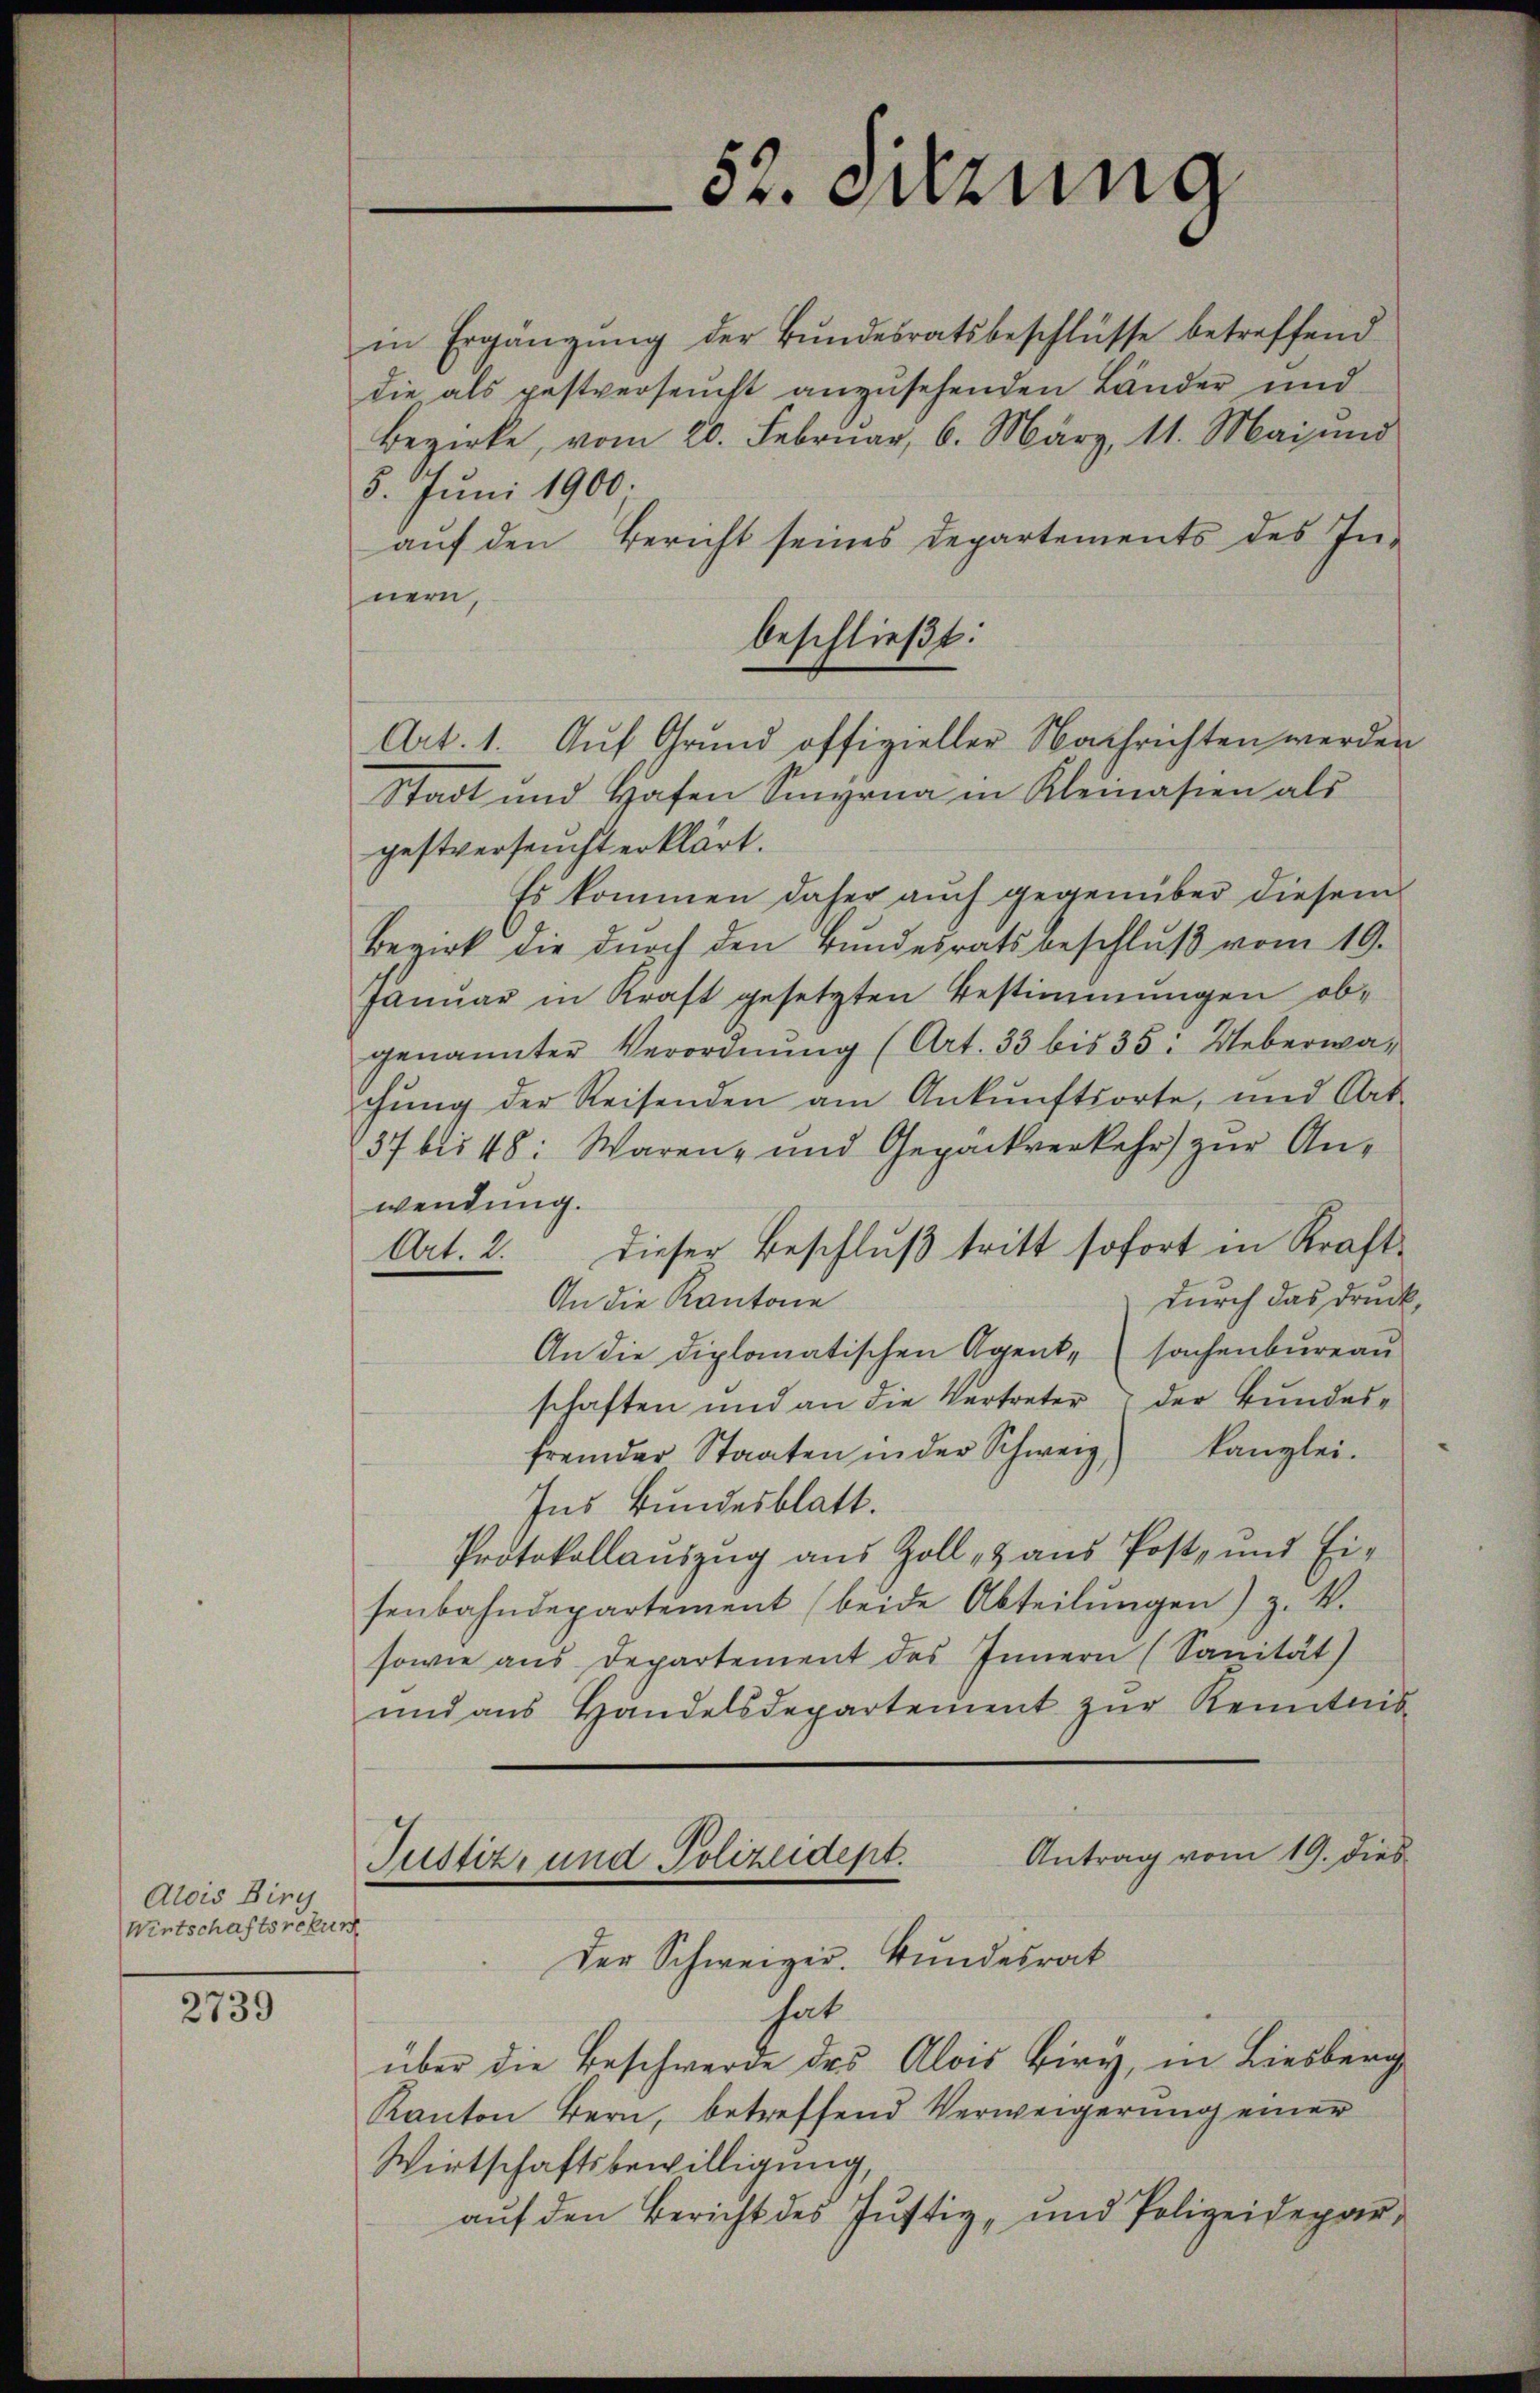
Atois Birch
Wirtschaftsrekur

2739

in Ergänzŭng der Bŭndesratsbeschlüsse betreffend
die als pestverseucht anzusehenden Länder und
Bezirke, vom 20. Februar, 6. März, 11. Mai und
5. Juni 1900.
aŭf den Bericht seines Departements des In-
nern,
Stadt und Hafen Sinyrna in Kleinasien als
gestversucht erklärt.
Es kommen daher auch gegenüber diesem
Bezirk die durch den Bundesrats beschlŭβ vom 19.
Januar in Kraft gesetzten Bestimmungen obgenannter Verordnŭng (Art. 33 bis 35: Ueberwachŭng der Reisenden am Ankunftsorte, und Art.
37 bis 48: Waren- und Gepäckverkehr) zŭr Anwendung.
Art. 2. Dieser Beschluß tritt sofort in Kraftdurch das Druck
An die Kantone
An die diplomatischen Agente sachenbureau
schaften und an die Vertreter der Bundesfremder Staaten in der Schweiz) kanzlei-
Ins Bundesblatt.
Protokollauszug aus Zoll- & aus Post- und Ei-
senbahndepartement (beide Abteilŭngen) z. B.
sowie aus Departement des Innern (Sanität)
und ans Handelsdepartement zŭr Kenntnis-
Antrag vom 19. dies
Justiz- und Polizeidept.

52. Sitzung

beschließt:
Art. 1. Auf Grund offizieller Nachrichten werden

Der Schweizer. Bundesrat

hat.
über die Beschwerde des Alois Biry, in Liesberg
Kanton Bern, betreffend Verweigerung einer
Wirtschaftsbewilligung,
auf den Bericht des Justiz- und Polizeidepar¬